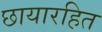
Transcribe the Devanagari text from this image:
छायारहित